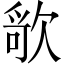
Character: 𰙔